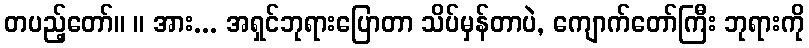
တပည့်တော်။ ။ အား... အရှင်ဘုရားပြောတာ သိပ်မှန်တာပဲ, ကျောက်တော်ကြီး ဘုရားကို